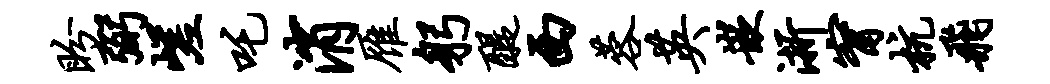
盼弼嵯吒消雁躬醍西蓉英嵌浙甯杭飞